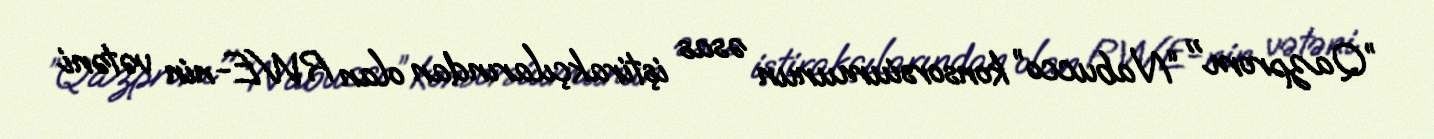
”Qazprom" “Nabucco” konsorsiumunun əsas iştirakçılarından olan RWE-nin vətəni